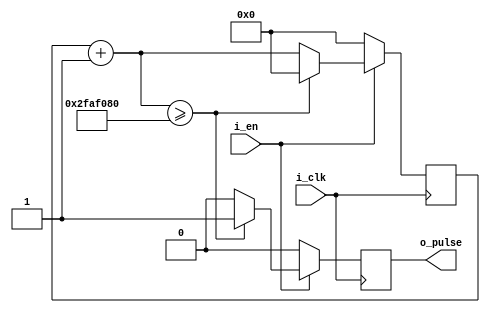
/*!>
* 1 pulse per second generator with input 500MHz module
*
*+ Input +* 
* i_clk 	- input clock 500MHz
* i_en	- enable switch
*
*+ Output +* 
*  o_pulse - pulse
*
*
<!*/
module pulse_generator_In500Mhz_Out1pulse_per_second(
input i_clk,
input i_en,
output reg o_pulse
);

reg [31:0] count;

always @( posedge i_clk )
	begin
		if( i_en )
				begin
					count = count + 26'd1;
					if ( count >= 32'd50000000)
						begin
							o_pulse <= 1'd1;
							count <= 32'd0;
						end
					else
						begin
							o_pulse <= 1'd0;
						end
				end
		else
			begin
				o_pulse <= 1'd0;
				count <= 32'd0;
			end
	end
		
endmodule